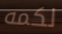
لكمه